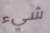
شيء